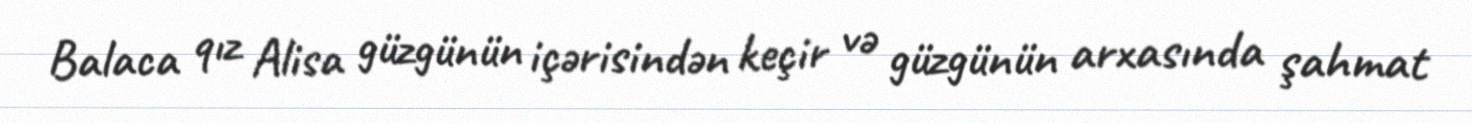
Balaca qız Alisa güzgünün içərisindən keçir və güzgünün arxasında şahmat